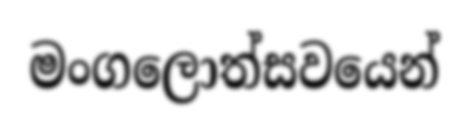
මංගලොත්සවයෙන්